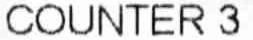
COUNTER 3